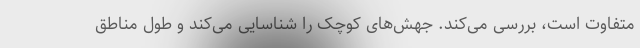
متفاوت است، بررسی می‌کند. جهش‌های کوچک را شناسایی می‌کند و طول مناطق